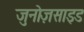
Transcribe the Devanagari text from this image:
जुनोज़साइड